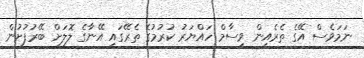
ނަމަވެސް އޭގެ ތެރެއިން ވިސާމް ހައްޔަރު ކުރުމުގެ ތެރޭގައި އޭނާގެ ލޮލަށް ބޭރުފުށުން